system: You are a helpful assistant.
user:
Analyze the provided spectrum to determine if it is a **Carbon Star (C-type)**.

- **Key Visual Indicators of Carbon Star:**
    - **(Primary):** Strong molecular absorption from **C₂ (diatomic carbon) "Swan Bands."** This is the **defining feature** of a carbon star.
        - **(Key Bandheads):** Sharp absorption edges are visible at approximately $5635$ Å, $5165$ Å (the strongest band), and $4737$ Å.
        - **(Line Profile):** Creates a distinct **"saw-tooth"** pattern. The key morphology is a sharp, steep bandhead on the **red (long-wavelength) side**, which then gradually tapers off (i.e., flux recovers) towards the **blue (short-wavelength) side**. *(This is the direct opposite of the TiO bands seen in M-type stars)*.

    - **(Secondary):** Intense **CN (cyanogen)** molecular absorption bands.
        - **(Key Bandheads):** Located in the blue and violet regions of the spectrum (e.g., near $4215$ Å and $3883$ Å).
        - **(Morphology):** These bands are extremely broad and act as a "blanket," absorbing the vast majority of blue and violet light. This creates a characteristic **"cliff"** or **"steep drop-off"** in the spectrum's flux at short wavelengths.

    - **(Key Confirmation):** Strong **CH absorption band (G-band)**.
        - **(Key Bandhead):** Located around $4300$ Å. The contribution from CH molecules to this band is exceptionally strong.

    - **(Overall Spectrum):**
        - The continuum is severely "chopped up" by these deep molecular bands, especially C₂, rather than appearing as a smooth curve.
        - Due to the heavy CN and C₂ absorption in the blue-green, the vast majority of the star's flux is concentrated in the red part of the spectrum, giving the star its characteristic deep red color.

Think first, call **spectral_visualization_tool** if needed to examine features in detail, then provide your final answer. Your response must adhere to the following strict rules:
1.  **Overall Structure:** Your response must follow the format `<think>...</think> <tool_call>...</tool_call> (if a tool is used) <answer>...</answer>`.
2.  **Tool Usage Constraint:** You may only make **one** tool call per turn.
3.  **Final Answer Format:** In the `<answer>` tag, your conclusion must be inside a `\boxed{}` command (e.g., `\boxed{YES}`), followed by your justification.

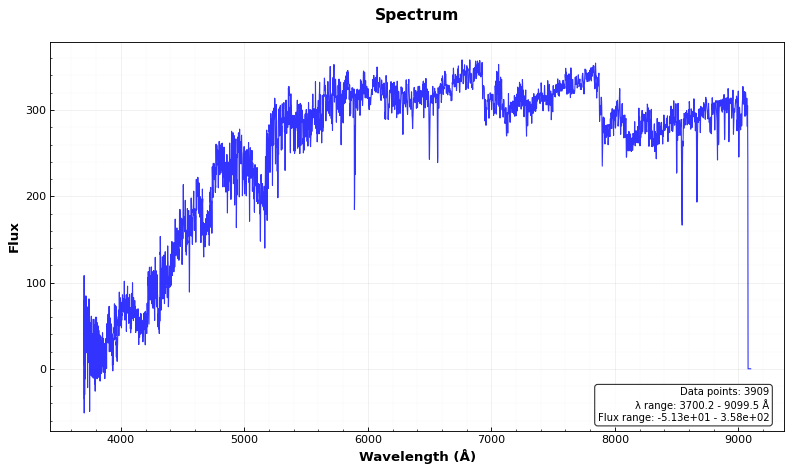
Answer: YES